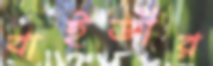
বাইজীর